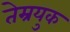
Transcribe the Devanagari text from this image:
तेम्रयुक